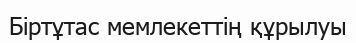
Біртұтас мемлекеттің құрылуы